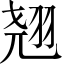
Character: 翘